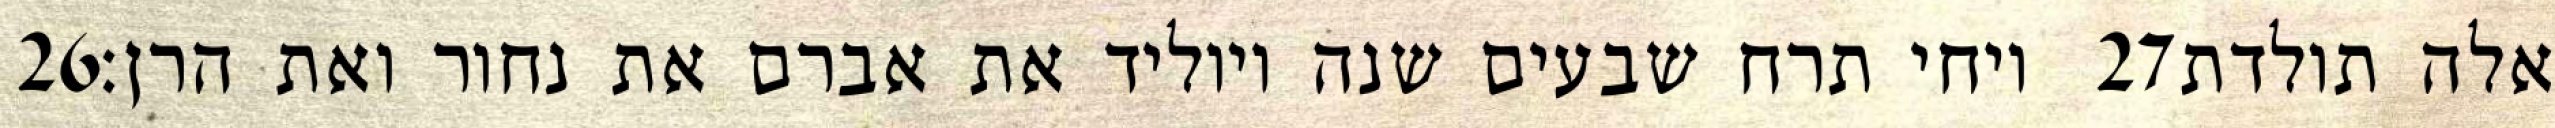
‎26‏ ויחי תרח שבעים שנה ויוליד את אברם את נחור ואת הרן׃ ‎27‏ אלה תולדת